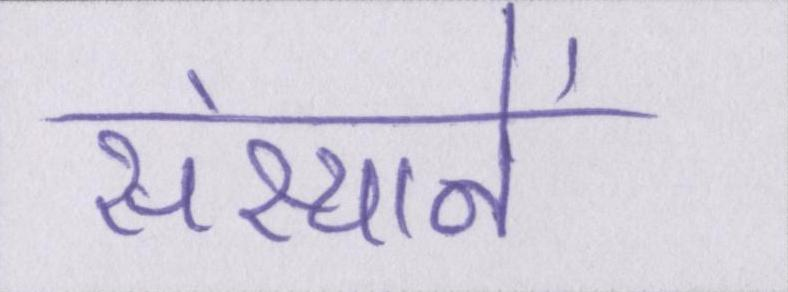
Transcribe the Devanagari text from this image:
संस्थानें